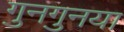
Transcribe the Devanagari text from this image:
गुनगुनया